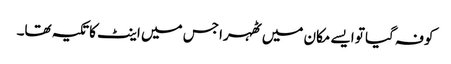
کوفہ گیا تو ایسے مکان میں ٹھہرا جس میں اینٹ کا تکیہ تھا۔